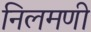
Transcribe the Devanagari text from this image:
निलमणी